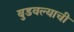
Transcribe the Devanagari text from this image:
बुडवल्याची